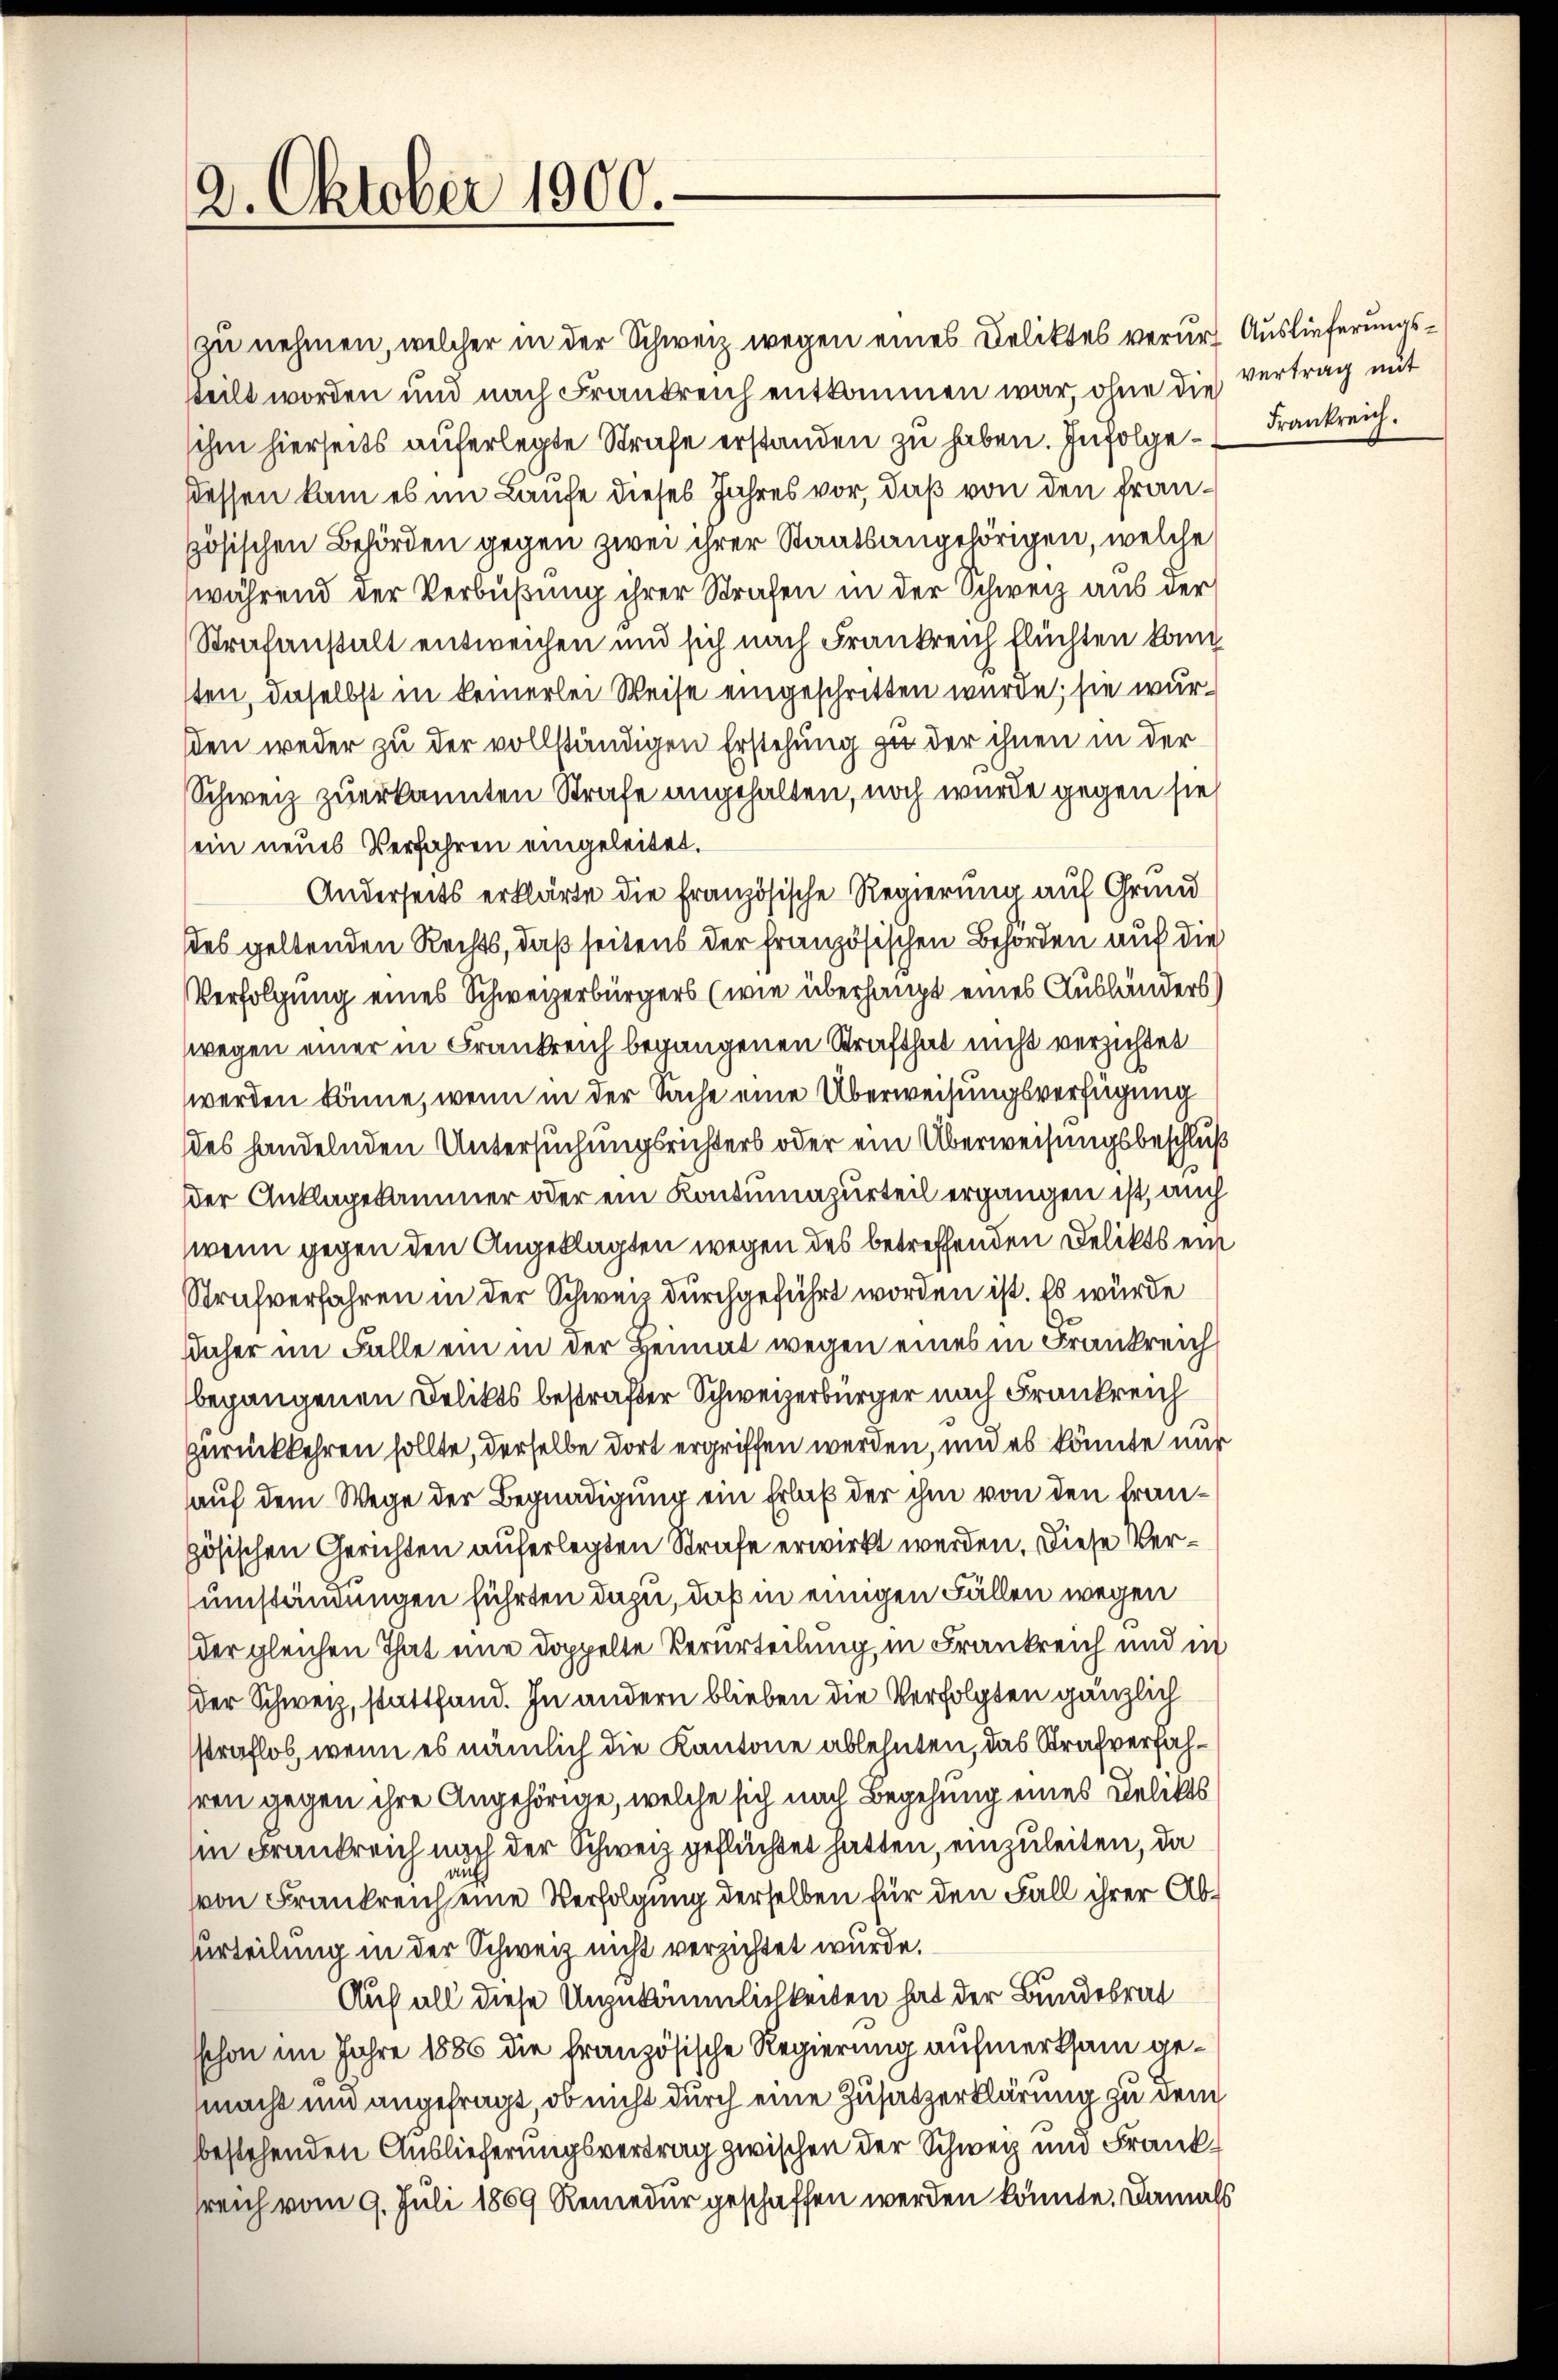
2. Oktober 1900.

zu nehmen, welcher in der Schweiz wegen eines Deliktes verurte Auslieferungssteilt worden und nach Frankreich entkommen war, ohne die vertrag mit
sihm hierseits auferlegte Strafe erstanden zu haben. Infolgestessen kam es im Laufe dieses Jahres vor, daß von den französischen Behörden gegen zwei ihrer Staatsangehörigen, welche
(während der Verbüßung ihrer Strafen in der Schweiz aus der
Strafanstalt entweichen und sich nach Frankreich Fluchten Landsten, daselbst in keinerlei Weise eingeschritten wurde; sie wursden weder zu der vollständigen Erstehung zu der ihnen in der
Schweiz zuerkannten Strafe angehalten, noch wurde gegen sie
ein neues Verfahren eingeleitet.
Anderseits erklärte die Französische Regierung auf Grund
des geltenden Rechts, daß seitens der französischen Behörden auf die
Verfolgung eines Schweizerbürgers (wie überhaupt eines Ausländers)
wegen einer in Frankreich begangenen Strafthat nicht verzichtet
werden könne, wenn in der Sache eine Überweisungsverfügung
des handelnden Untersuchungsrichters oder ein Überweisungsbeschluß
der Anklagekammer oder ein Kontumazurteil ergangen ist, auch
wenn gegen den Angeklagten wegen des betreffenden Delikts ein
Strafverfahren in der Schweiz durchgeführt worden ist. Es würde
Daher im Falle ein in der Heimat wegen eines in Frankreich
begangenen Delikts bestrafter Schweizerbürger nach Frankreich
zurückkehren sollte, derselbe dort ergriffen werden, und es könnte nur
auf dem Wege der Begnadigung ein Erlaß der ihm von den französischen Gerichten auferlegten Strafe erwirkt werden. Diese Verumständungen führten dazu, daß in einigen Fällen wegen
der gleichen That eine doppelte Verurteilung in Frankreich und in
der Schweiz, stattfand. In andern blieben die Verfolgten gänzlich
sstraflos, wenn es nämlich die Kantone ablehnten, das Strafverfahsren gegen ihre Angehörige, welche sich nach Begehung eines Delikts
in Frankreich nach der Schweiz geflüchtet hatten, einzuleiten, da
von Frankreich eine Verfolgung derselben für den Fall ihrer Aburteilung in der Schweiz nicht verzichtet wurde.
Auf all diese Unzukämmlichkeiten hat der Bundesrat
schon im Jahre 1886 die französische Regierung aufmerksam gemacht und angefragt, ob nicht durch eine Zusatzerklärung zu dem
bestehenden Auslieferungsvertrag zwischen der Schweiz und Franksreich vom 9. Juli 1869 Remedur geschaffen werden könnte. Damals

Frankreich.